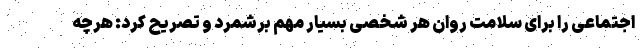
اجتماعی را برای سلامت روان هر شخصی بسیار مهم برشمرد و تصریح کرد: هرچه